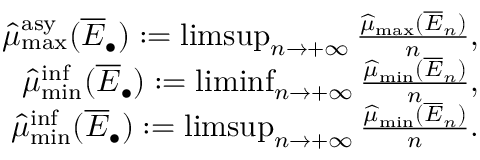
\begin{array} { r } { \widehat \mu _ { \operatorname* { m a x } } ^ { \mathrm { a s y } } ( \overline { E } _ { \bullet } ) : = \operatorname* { l i m s u p } _ { n \rightarrow + \infty } \frac { \widehat \mu _ { \operatorname* { m a x } } ( \overline { E } _ { n } ) } { n } , } \\ { \widehat { \mu } _ { \operatorname* { m i n } } ^ { \operatorname* { i n f } } ( \overline { E } _ { \bullet } ) : = \operatorname* { l i m i n f } _ { n \rightarrow + \infty } \frac { \widehat { \mu } _ { \operatorname* { m i n } } ( \overline { E } _ { n } ) } { n } , } \\ { \widehat { \mu } _ { \operatorname* { m i n } } ^ { \operatorname* { i n f } } ( \overline { E } _ { \bullet } ) : = \operatorname* { l i m s u p } _ { n \rightarrow + \infty } \frac { \widehat { \mu } _ { \operatorname* { m i n } } ( \overline { E } _ { n } ) } { n } . } \end{array}